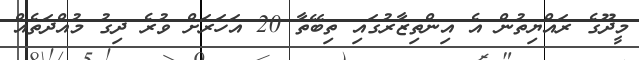
މީދޫގެ ރައްޔިތުން އެ އިންތިޒާރުގައި ތިބޭތާ 20 އަހަރަށް ވުރެ ދިގު މުއްދަތެއް